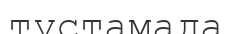
тұстамада